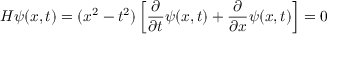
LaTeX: { \cal H } \psi ( x , t ) = ( x ^ { 2 } - t ^ { 2 } ) \left[ \frac { \partial } { \partial t } \psi ( x , t ) + \frac { \partial } { \partial x } \psi ( x , t ) \right] = 0